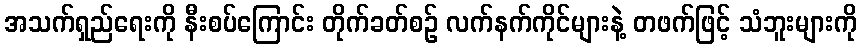
အသက်ရှည်ရေးကို နီးစပ်ကြောင်း တိုက်ခတ်စဉ် လက်နက်ကိုင်များနဲ့ တဖက်ဖြင့် သံဘူးများကို